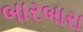
બારબારા